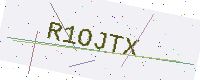
Text: R1OJTX